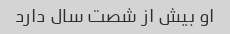
او بیش از شصت سال دارد